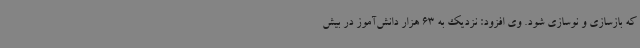
که بازسازی و نوسازی شود. وی افزود: نزدیک به 63 هزار دانش‌آموز در بیش